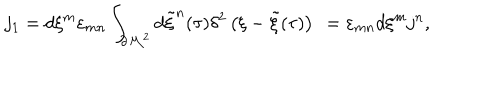
LaTeX: j _ { 1 } = d \xi ^ { m } \varepsilon _ { m n } \int _ { \partial { \cal M } ^ { 2 } } d { \tilde { \xi } } ^ { n } ( \tau ) \delta ^ { 2 } \left( \xi - { \tilde { \xi } } ( \tau ) \right) ~ = \varepsilon _ { m n } d \xi ^ { m } j ^ { n } , \qquad